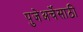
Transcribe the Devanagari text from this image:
पुजेअर्चेसाठी